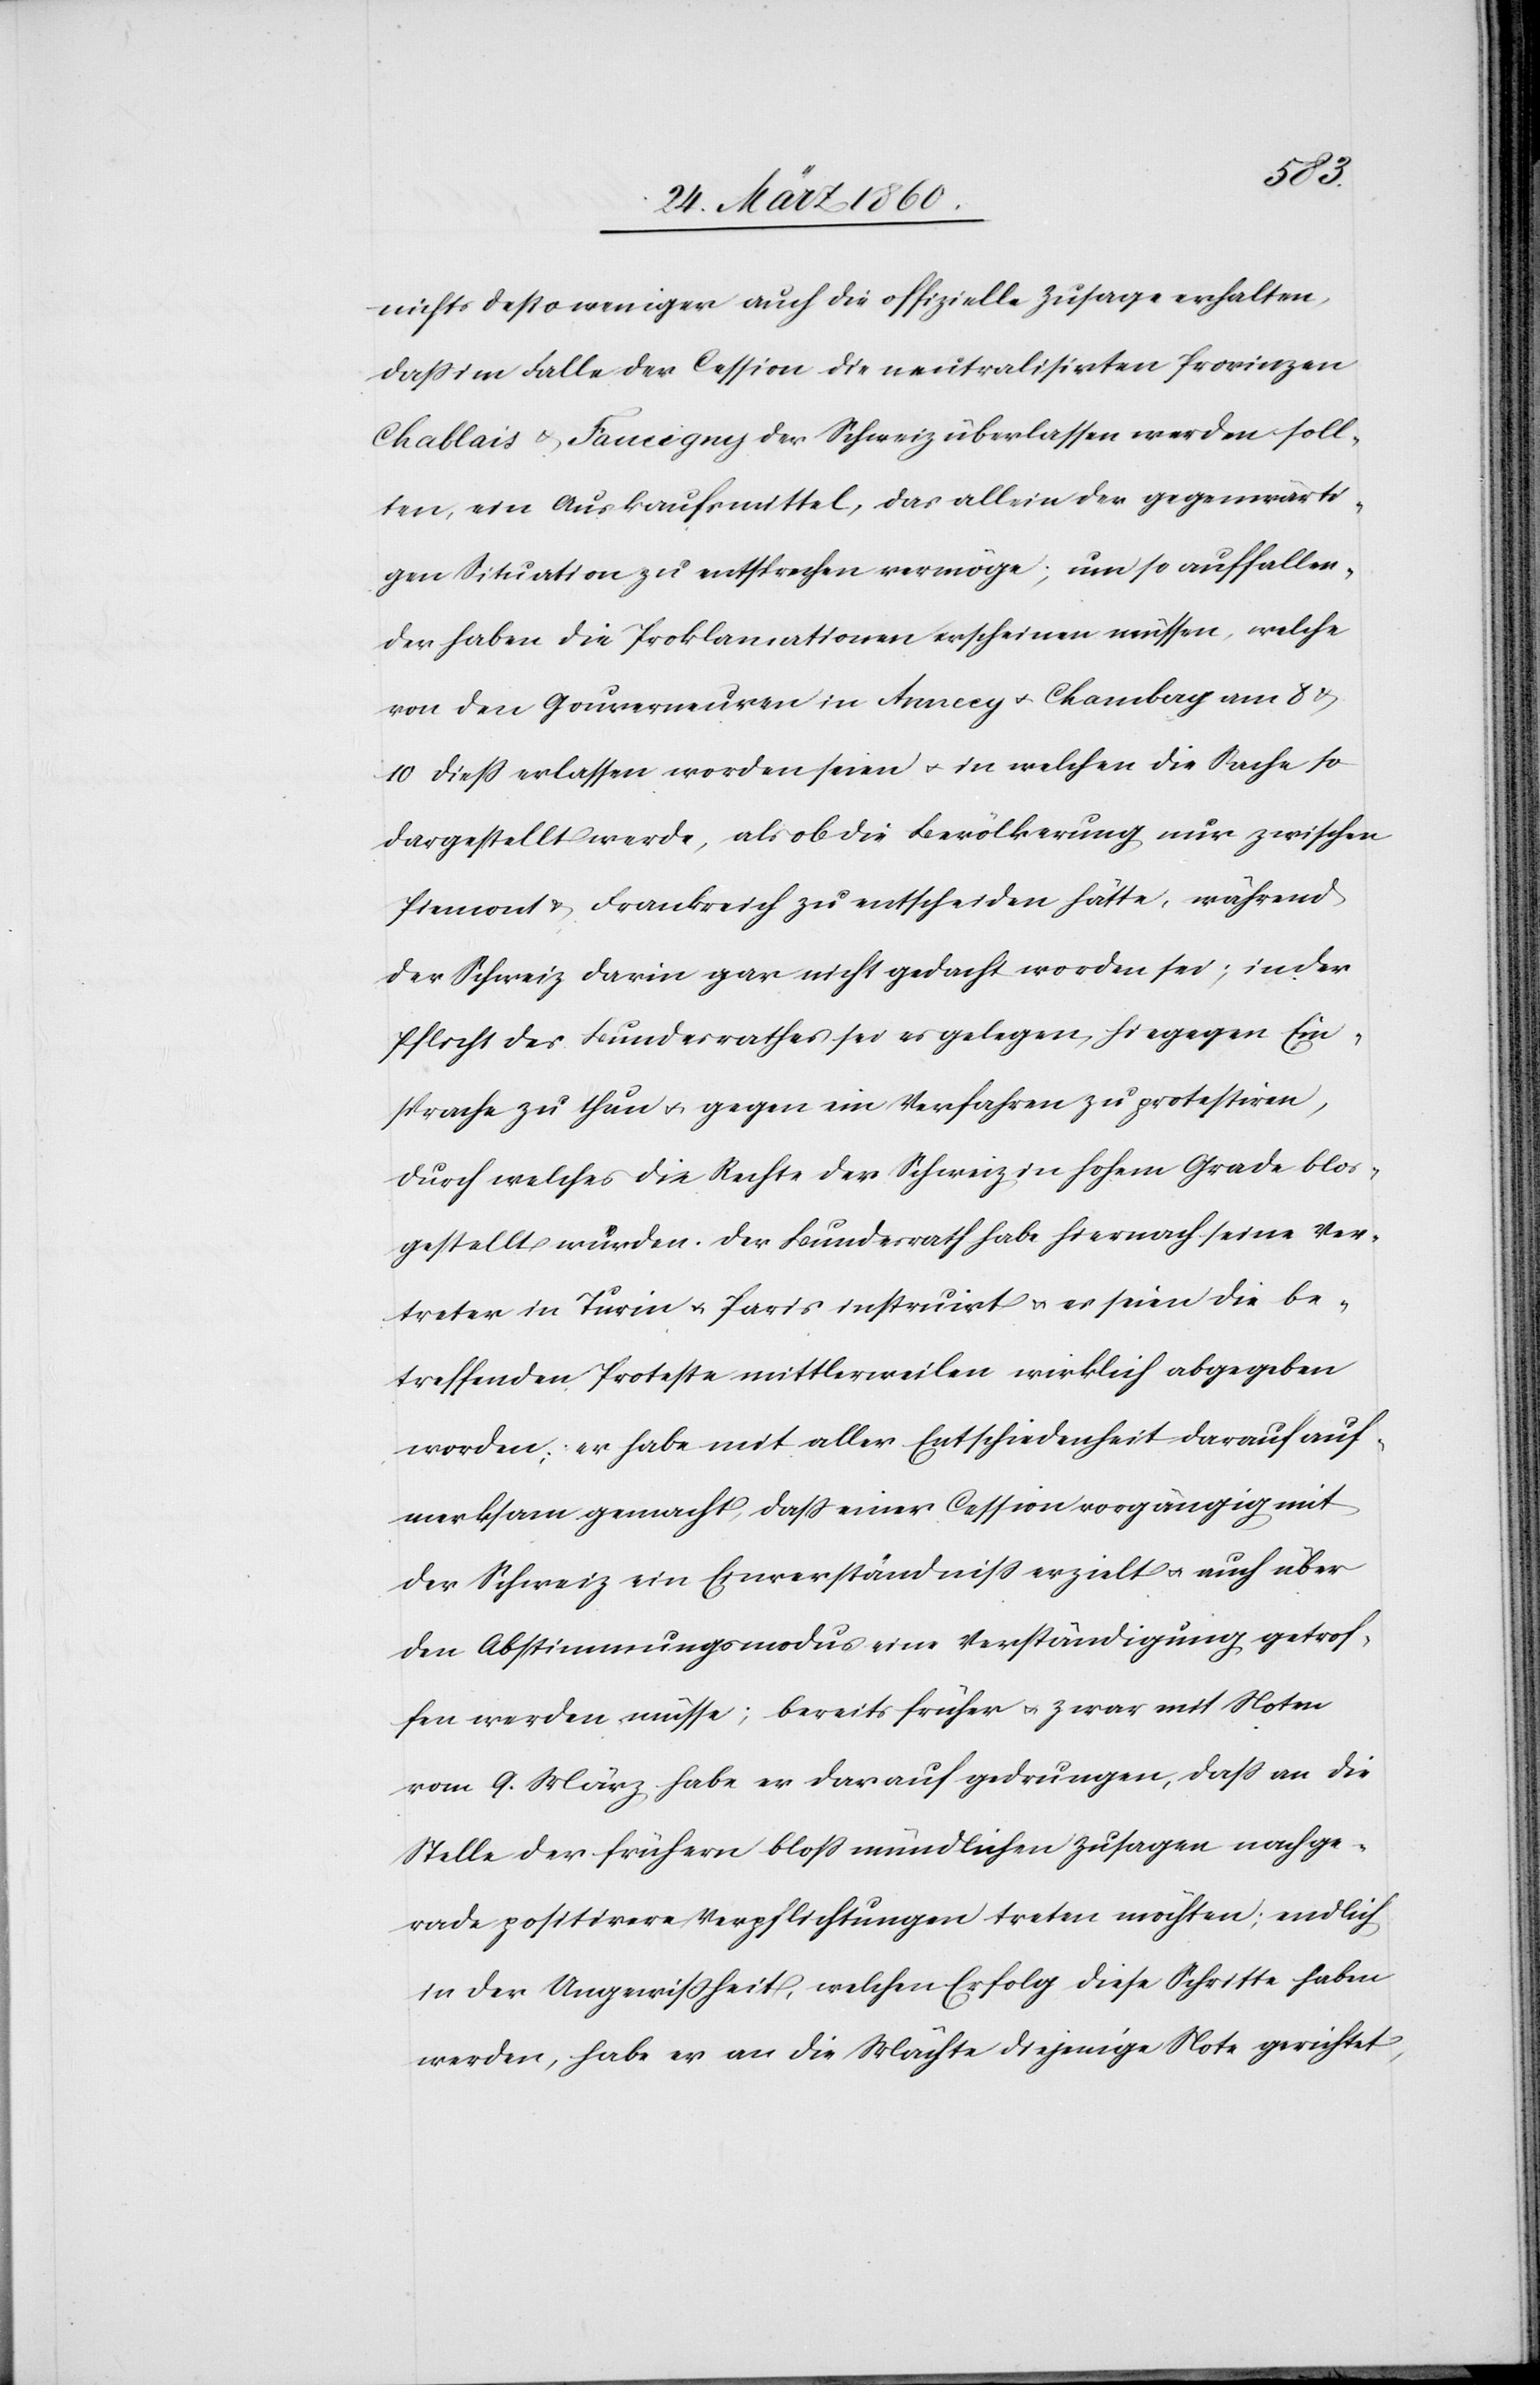
nichts desto weniger auch die offizielle Zusage erhalten,
dass im Falle der Cession die neutralisirten Provinzen
Chablais u. Faucigny der Schweiz überlassen werden soll¬
ten, ein Auskaufsmittel, das allein der gegenwärti¬
gen Situation zu entsprechen vermöge; um so auffallen¬
der haben die Proklamationen erscheinen müssen, welche
von den Gouverneuren in Anncey u. Chambag am 8 u.
10 dieß erlassen worden seien u. in welchen die Rache so
dargestellt werde, als ob die Bevölkerung nur zwischen
Piemont u. Frankreich zu entscheiden hätte, während
der Schweiz darin gar nicht gedacht worden sei; in der
Pflicht des Bundesrathes sei es gelegen, hiegegen Ein¬
sprache zu thun u. gegen ein Verfahren zu protestiren,
durch welches die Rechte der Schweiz in hohem Grade blos¬
gestellt würden. Der Bundesrath habe hiernach seine Ver¬
treter in Turin u. Paris instruirt u. es seien die be¬
treffenden Proteste mittlerweilen wirklich abgegeben
worden; er habe mit aller Entschiedenheit darauf auf¬
merksam gemacht, dass einer Cession vorgängig mit
der Schweiz ein Einverständniss erzielt u. auch über
den Abstimmungsmodus eine Verständigung getrof¬
fen werden müsse; bereits früher u. zwar mit Noten
vom 9. März habe er darauf gedrungen, dass an die
Stelle der frühern bloss mündlichen Zusagen nachge¬
rade positivere Verpflichtung treten möchten; endlich
in der Ungewißheit, welchen Erfolg diese Schritte haben
werden, habe er an die Mächte diejenige Note gerichtet,